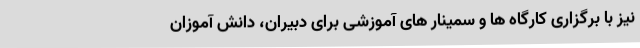
نیز با برگزاری کارگاه ها و سمینار های آموزشی برای دبیران، دانش آموزان